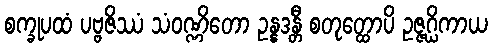
စက္ခုပထံ ပဗ္ဗဇိဿံ သံဝဏ္ဏိတော ဥန္နဒန္တီ စတုတ္ထောပိ ဥဇ္ဇဂ္ဃိကာယ